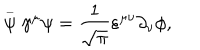
\stackrel { \_ } { \psi } \gamma ^ { \mu } \psi = \frac { 1 } { \sqrt { \pi } } \varepsilon ^ { \mu \nu } \partial _ { \nu } \phi ,